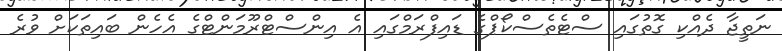
ނަތީޖާ ދެއްކި ގޮތުގައި ސްޓެތެސްކޯޕްގެ ޑައިފްރަމްގައި އެ އިންސްޓްރޫމަންޓްގެ އެހެން ބައިތަކަށް ވުރެ